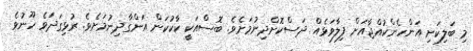
މި ބަލިކަށި އަންހެންކުއްޖާއަށް ފިލާވަޅެއް ދަސްކޮށްދިނުމަށެވެ. ބޮސްއަކީ ކާކުކަން އަންގާދިނުމަށެވެ. ރުޅިގަދަވެ ހޫނުވެ